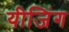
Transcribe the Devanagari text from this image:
यीजिंग